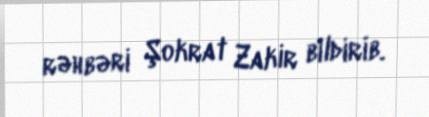
rəhbəri Şokrat Zakir bildirib.